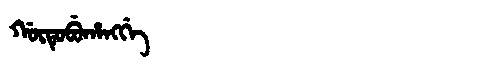
Manchu: ᡤᡡᡨᡠᠪᡠᡥᠠᠩᡤᡝ
Romanization: GŪTUBUHANGGE